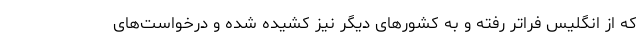
که از انگلیس فراتر رفته و به کشور‌های دیگر نیز کشیده شده و درخواست‌های